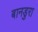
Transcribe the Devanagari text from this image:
बानडुरा